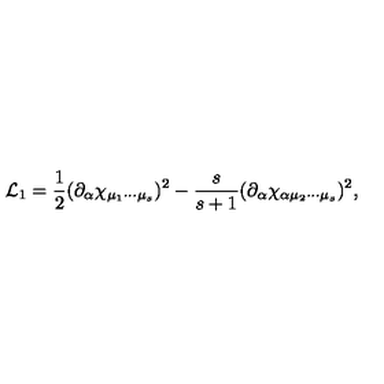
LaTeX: { \cal L } _ { 1 } = \frac { 1 } { 2 } ( \partial _ { \alpha } \chi _ { \mu _ { 1 } \cdots \mu _ { s } } ) ^ { 2 } - \frac { s } { s + 1 } ( \partial _ { \alpha } \chi _ { \alpha \mu _ { 2 } \cdots \mu _ { s } } ) ^ { 2 } ,